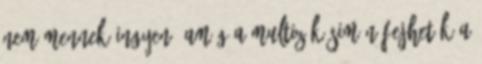
nem mennek ingyen. Amíg a multizók simán fejhetők a